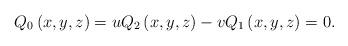
LaTeX: \begin{align*}Q_{0}\left( x,y,z\right) =uQ_{2}\left( x,y,z\right) -vQ_{1}\left(x,y,z\right) =0.\end{align*}